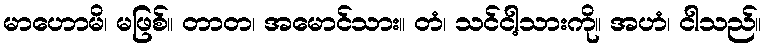
မာဟောမိ၊ မဖြစ်။ တာတ၊ အမောင်သား။ တံ၊ သင်ငါ့သားကို။ အဟံ၊ ငါသည်။